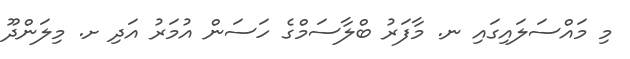
މި މައްސަލައިގައި ނ. މާފަރު ބްލާސަމްގެ ހަސަން އުމަރު އަދި ށ. މިލަންދޫ